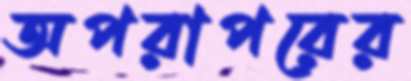
অপরাপরের